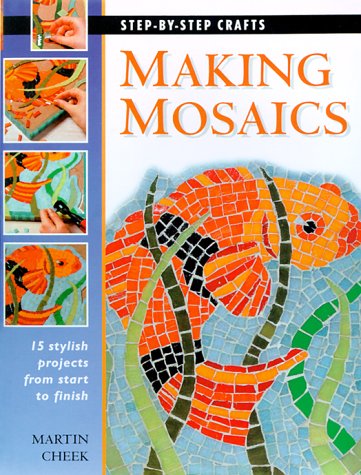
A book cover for Making Mosaics: 15 stylish projects from start to finish (Step-by-Step Crafts); Martin Cheek; Arts & Photography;